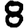
Digit: 8